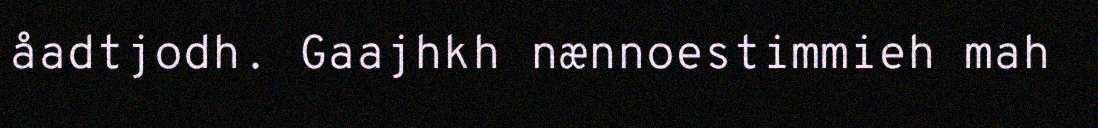
åadtjodh. Gaajhkh nænnoestimmieh mah